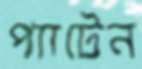
প্যাটেন